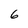
Character: 6